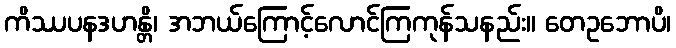
ကိဿပနဒဟန္တိ၊ အဘယ်ကြောင့်လောင်ကြကုန်သနည်း။ တေဥဘောပိ၊